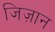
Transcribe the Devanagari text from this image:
जिज़ान